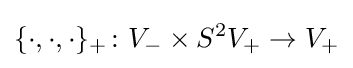
\{\cdot ,\cdot ,\cdot \}_{+}\colon V_{-}\times S^{2}V_{+}\to V_{+}